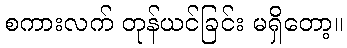
စကားလက် တုန်ယင်ခြင်း မရှိတော့။